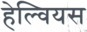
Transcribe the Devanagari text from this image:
हेल्वियस